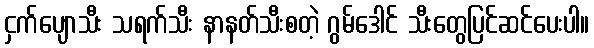
ငှက်ပျောသီး သရက်သီး နာနတ်သီးစတဲ့ ဂွမ်ဒေါင် သီးတွေပြင်ဆင်ပေးပါ။